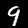
Label: 9